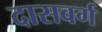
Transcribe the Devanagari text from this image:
दासवर्ग